Leningradi_Edasi_toimetus, lk 224
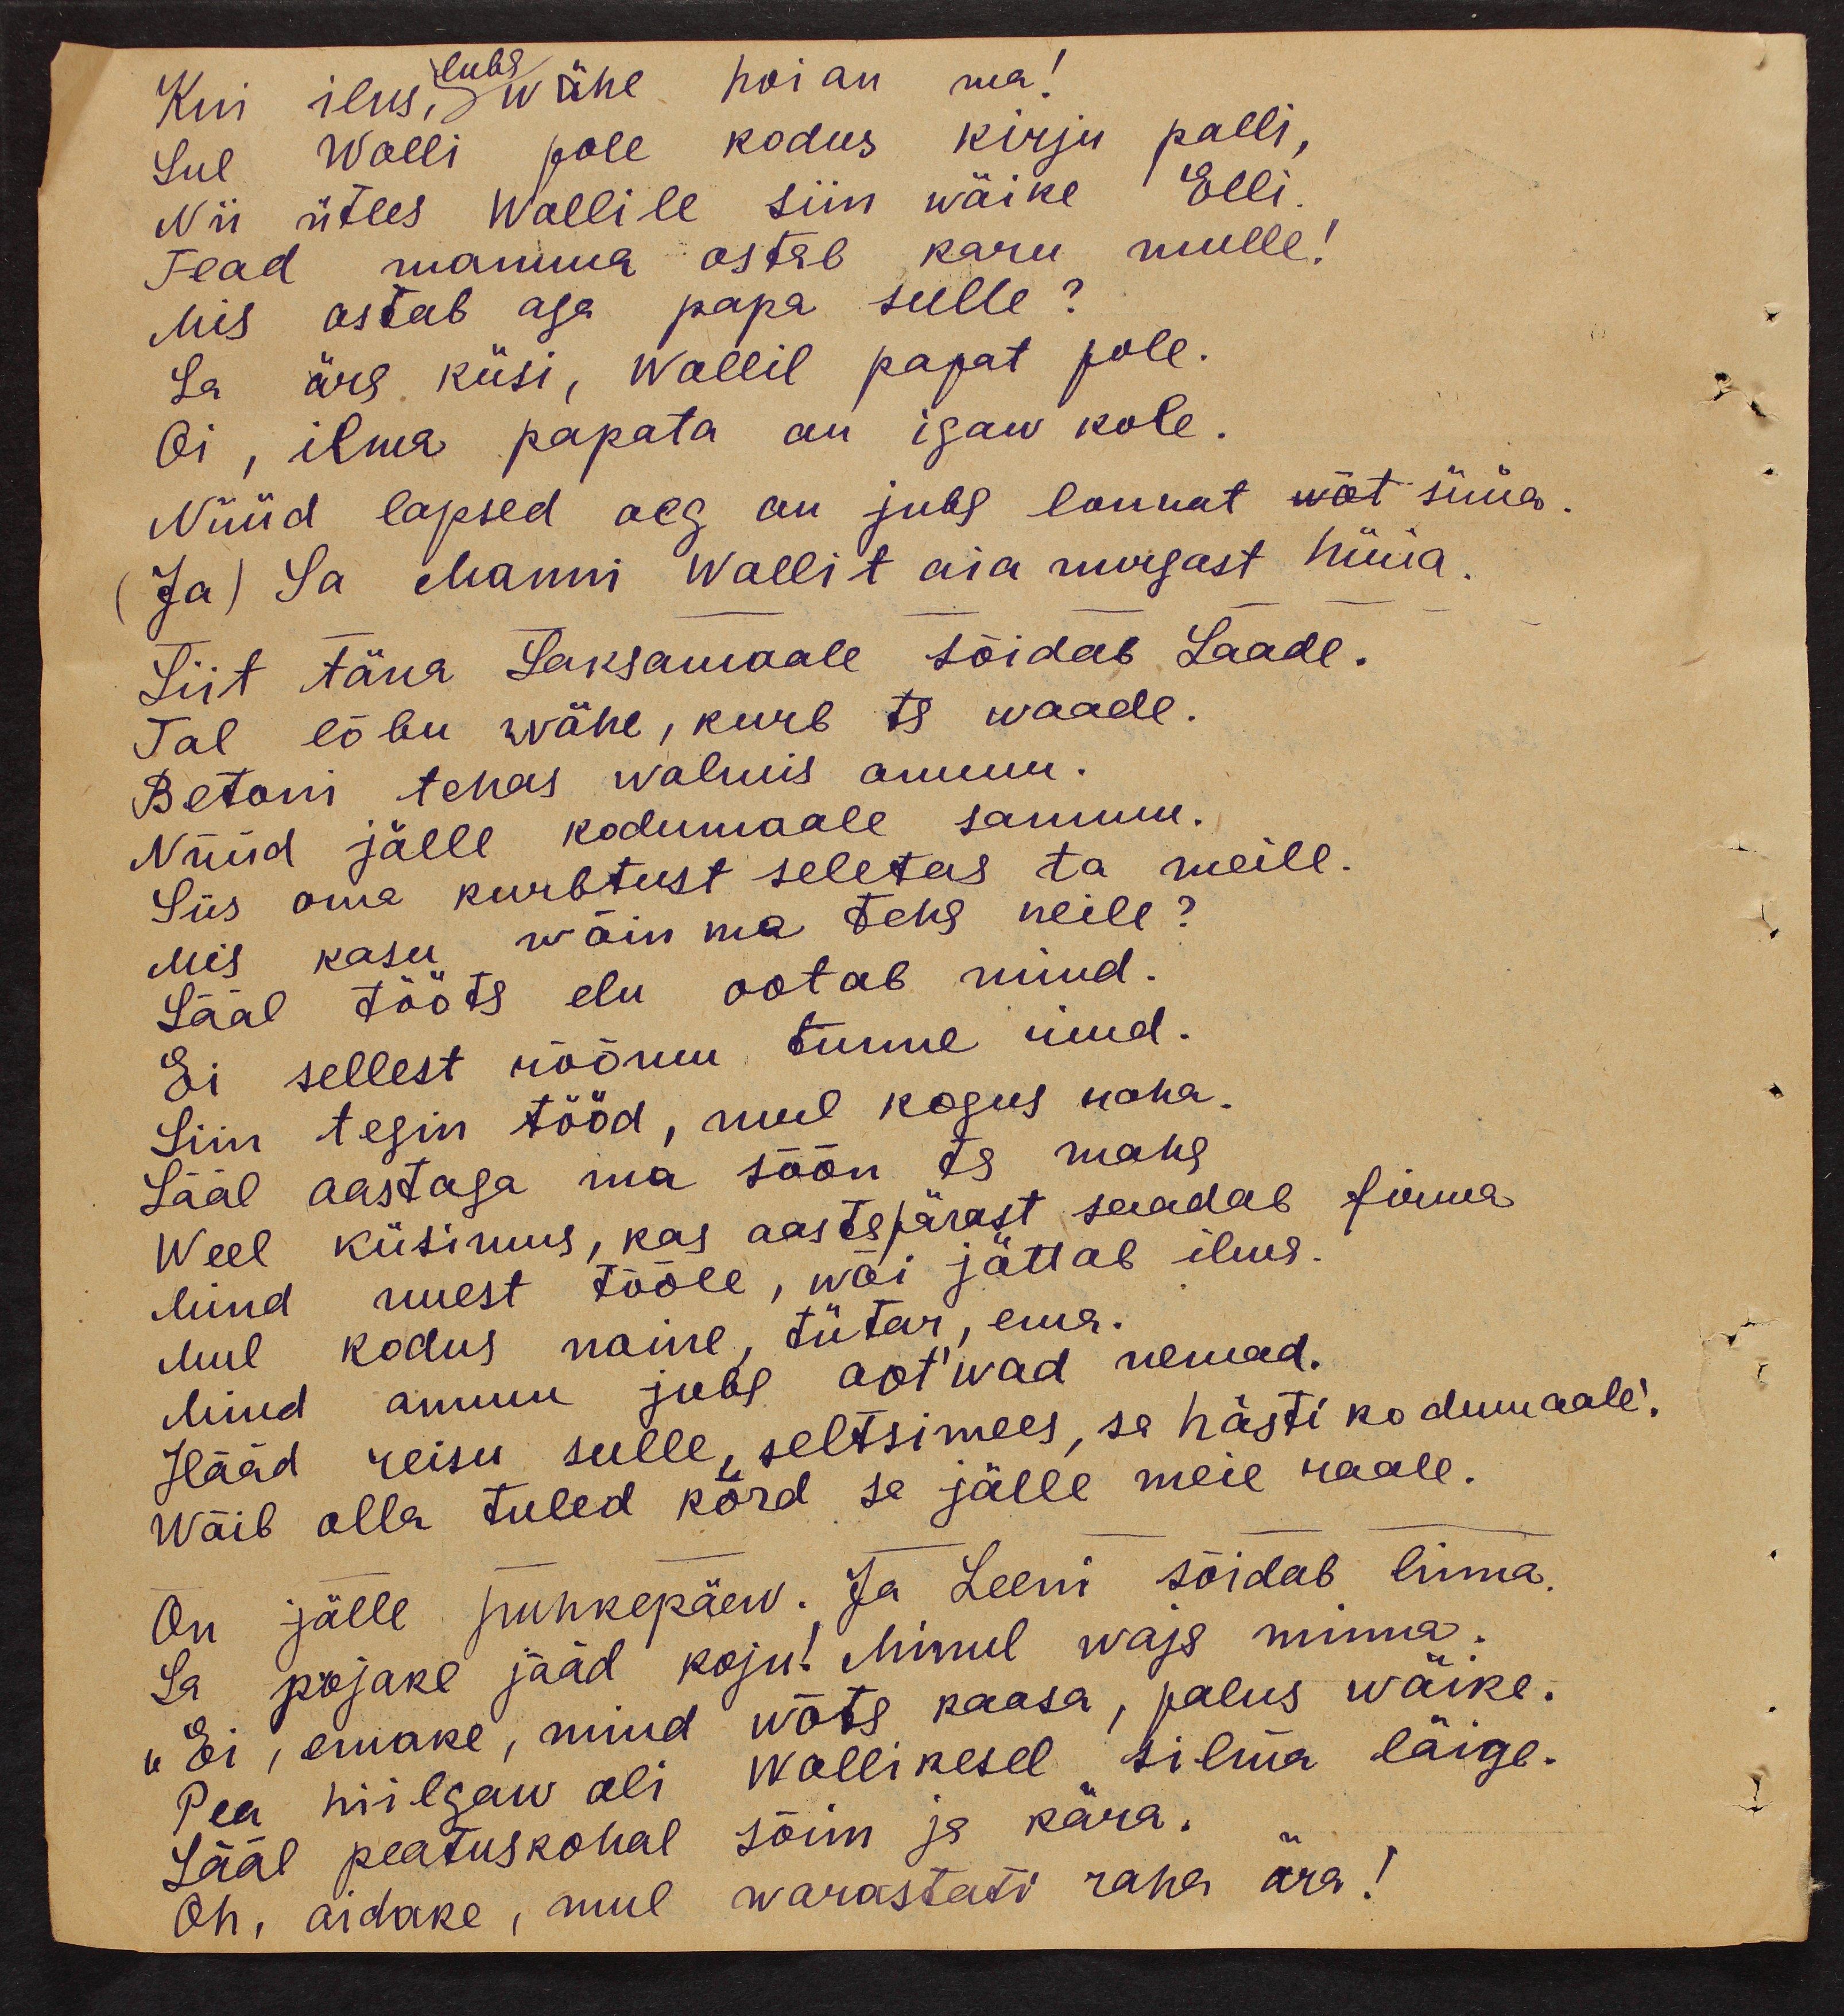
Kui ilus wähe hoian ma!
luba
Sul Wolli pole kodus kirju palli,
Nii ütles Wollile siin wäike Elli
Tead mamma ostab karu mulle!
Mis ostab aga papa sulle?
Sa ära küsi, Wollil papat pole.
Oi, ilma papata on igaw kole.
Nüüd lapsed aeg on juba lounat wöt süüa
(Ja) Sa Manni Wollit aia nurgast hüüa
Siit täna Saksamaale sõidab Laade.
Tal lõbu wähe, kurb ta waade.
Betoni tehas walmis ammu.
Nüüd jälle kodumaale sammu.
Siis oma kurbtust seletas ta meile.
Mis kasu wõin ma teha neile?
Sääl tööts elu ootab mind.
Ei sellest rõõmu tunne rind.
Siin tegin tööd, mul kogus raha
Sääl aastaga ma söön ta maha
Weel küsimus, kas aastspärast saadab firma
Mind uuest tööle, wõi jättab ilma-
Mul kodus naine, tütar, ema.
Mind ammu juba ootwad nemad.
Hääd reisu sulle, seltsimees, sa hästi kodumaale.
Wõib olla tuled kord sa jälle meie raale.
On jälle puhkepäev. Ja Leeni sõidab linna.
Sa pojake jääd koju! Minul waja minna.
„Ei, emake, mind wõta kaasa, palus wäike.
Pea hiilgaw oli Wollikesel silma läige.
Sääl peatuskohal sõim ja kära.
Oh, aidake, mul warastati raha ära!